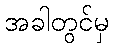
အခါတွင်မှ